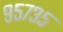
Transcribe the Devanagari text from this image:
९५७३५